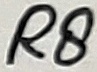
Text: R8